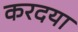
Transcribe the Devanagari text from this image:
करदया